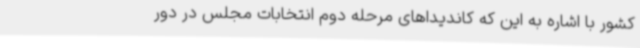
کشور با اشاره به این که کاندیداهای مرحله دوم انتخابات مجلس در دور